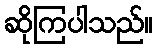
ဆိုကြပါသည်။